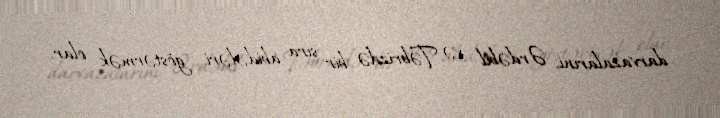
darvazalarını, Ərdəbil və Təbrizdə bir sıra abidələri göstərmək olar.